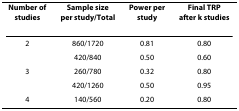
<table><thead><tr><td><b>Number ofstudies</b></td><td><b>Sample sizeper study/Total</b></td><td><b>Power perstudy</b></td><td><b>Final TRPafter k studies</b></td></tr></thead><tbody><tr><td>2</td><td>860/1720</td><td>0.81</td><td>0.80</td></tr><tr><td></td><td>420/840</td><td>0.50</td><td>0.60</td></tr><tr><td>3</td><td>260/780</td><td>0.32</td><td>0.80</td></tr><tr><td></td><td>420/1260</td><td>0.50</td><td>0.95</td></tr><tr><td>4</td><td>140/560</td><td>0.20</td><td>0.80</td></tr></tbody></table>